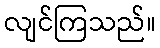
လျင်ကြသည်။